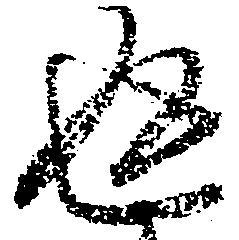
返